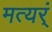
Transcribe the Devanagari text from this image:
मत्यर्ं